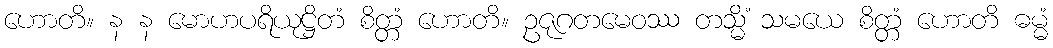
ဟောတိ။ န န မောဟပရိယုဋ္ဌိတံ စိတ္တံ ဟောတိ။ ဥဇုဂတမေဝဿ တသ္မိံ သမယေ စိတ္တံ ဟောတိ ဓမ္မံ